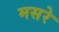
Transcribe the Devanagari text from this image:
मसरे